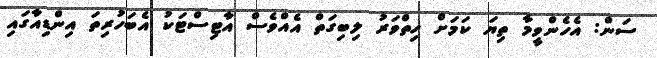
ސަން: އެހެންވީމާ ތިޔަ ކަމަށް ހިތްވަރު ލިބިގަތް އެއްވެސް އާޓިސްޓަކު އެބަހުރިތަ އިންޑިއާގައި